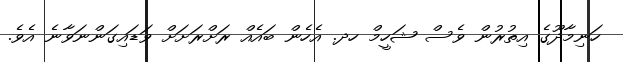
ހަނިމާދޫގެ އިތުރުން ވެސް ޝަހީމް ހދ. އެހެން ބައެއް ރަށްރަށަށް ވަޑައިގަންނަވާނެ އެވެ.